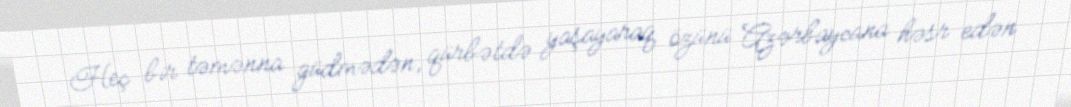
Heç bir təmənna güdmədən, qürbətdə yaşayaraq özünü Azərbaycana həsr edən